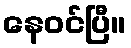
နေဝင်ပြီ။